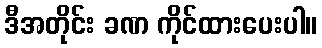
ဒီအတိုင်း ခဏ ကိုင်ထားပေးပါ။